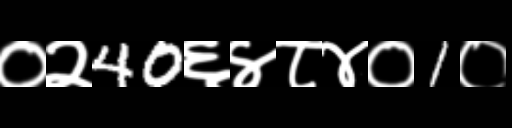
Text: ०२40६४८४०1०